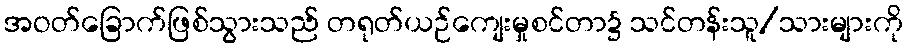
အဝတ်ခြောက်ဖြစ်သွားသည် တရုတ်ယဉ်ကျေးမှုစင်တာ၌ သင်တန်းသူ/သားများကို